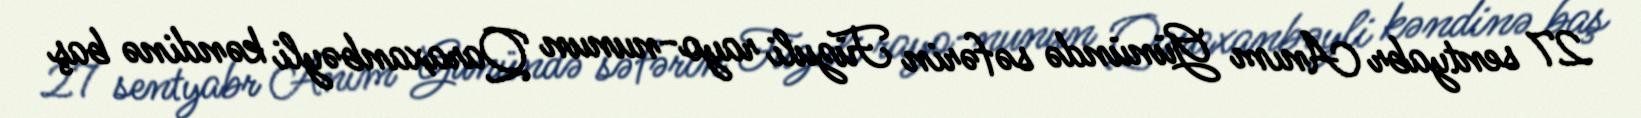
27 sentyabr Anım Günündə səfərin Füzuli rayo­nunun Qaraxanbəyli kəndinə baş